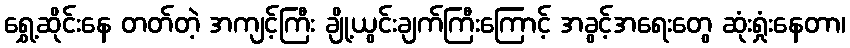
ရွှေ့ဆိုင်းနေ တတ်တဲ့ အကျင့်ကြီး ချို့ယွင်းချက်ကြီးကြောင့် အခွင့်အရေးတွေ ဆုံးရှုံးနေတာ၊